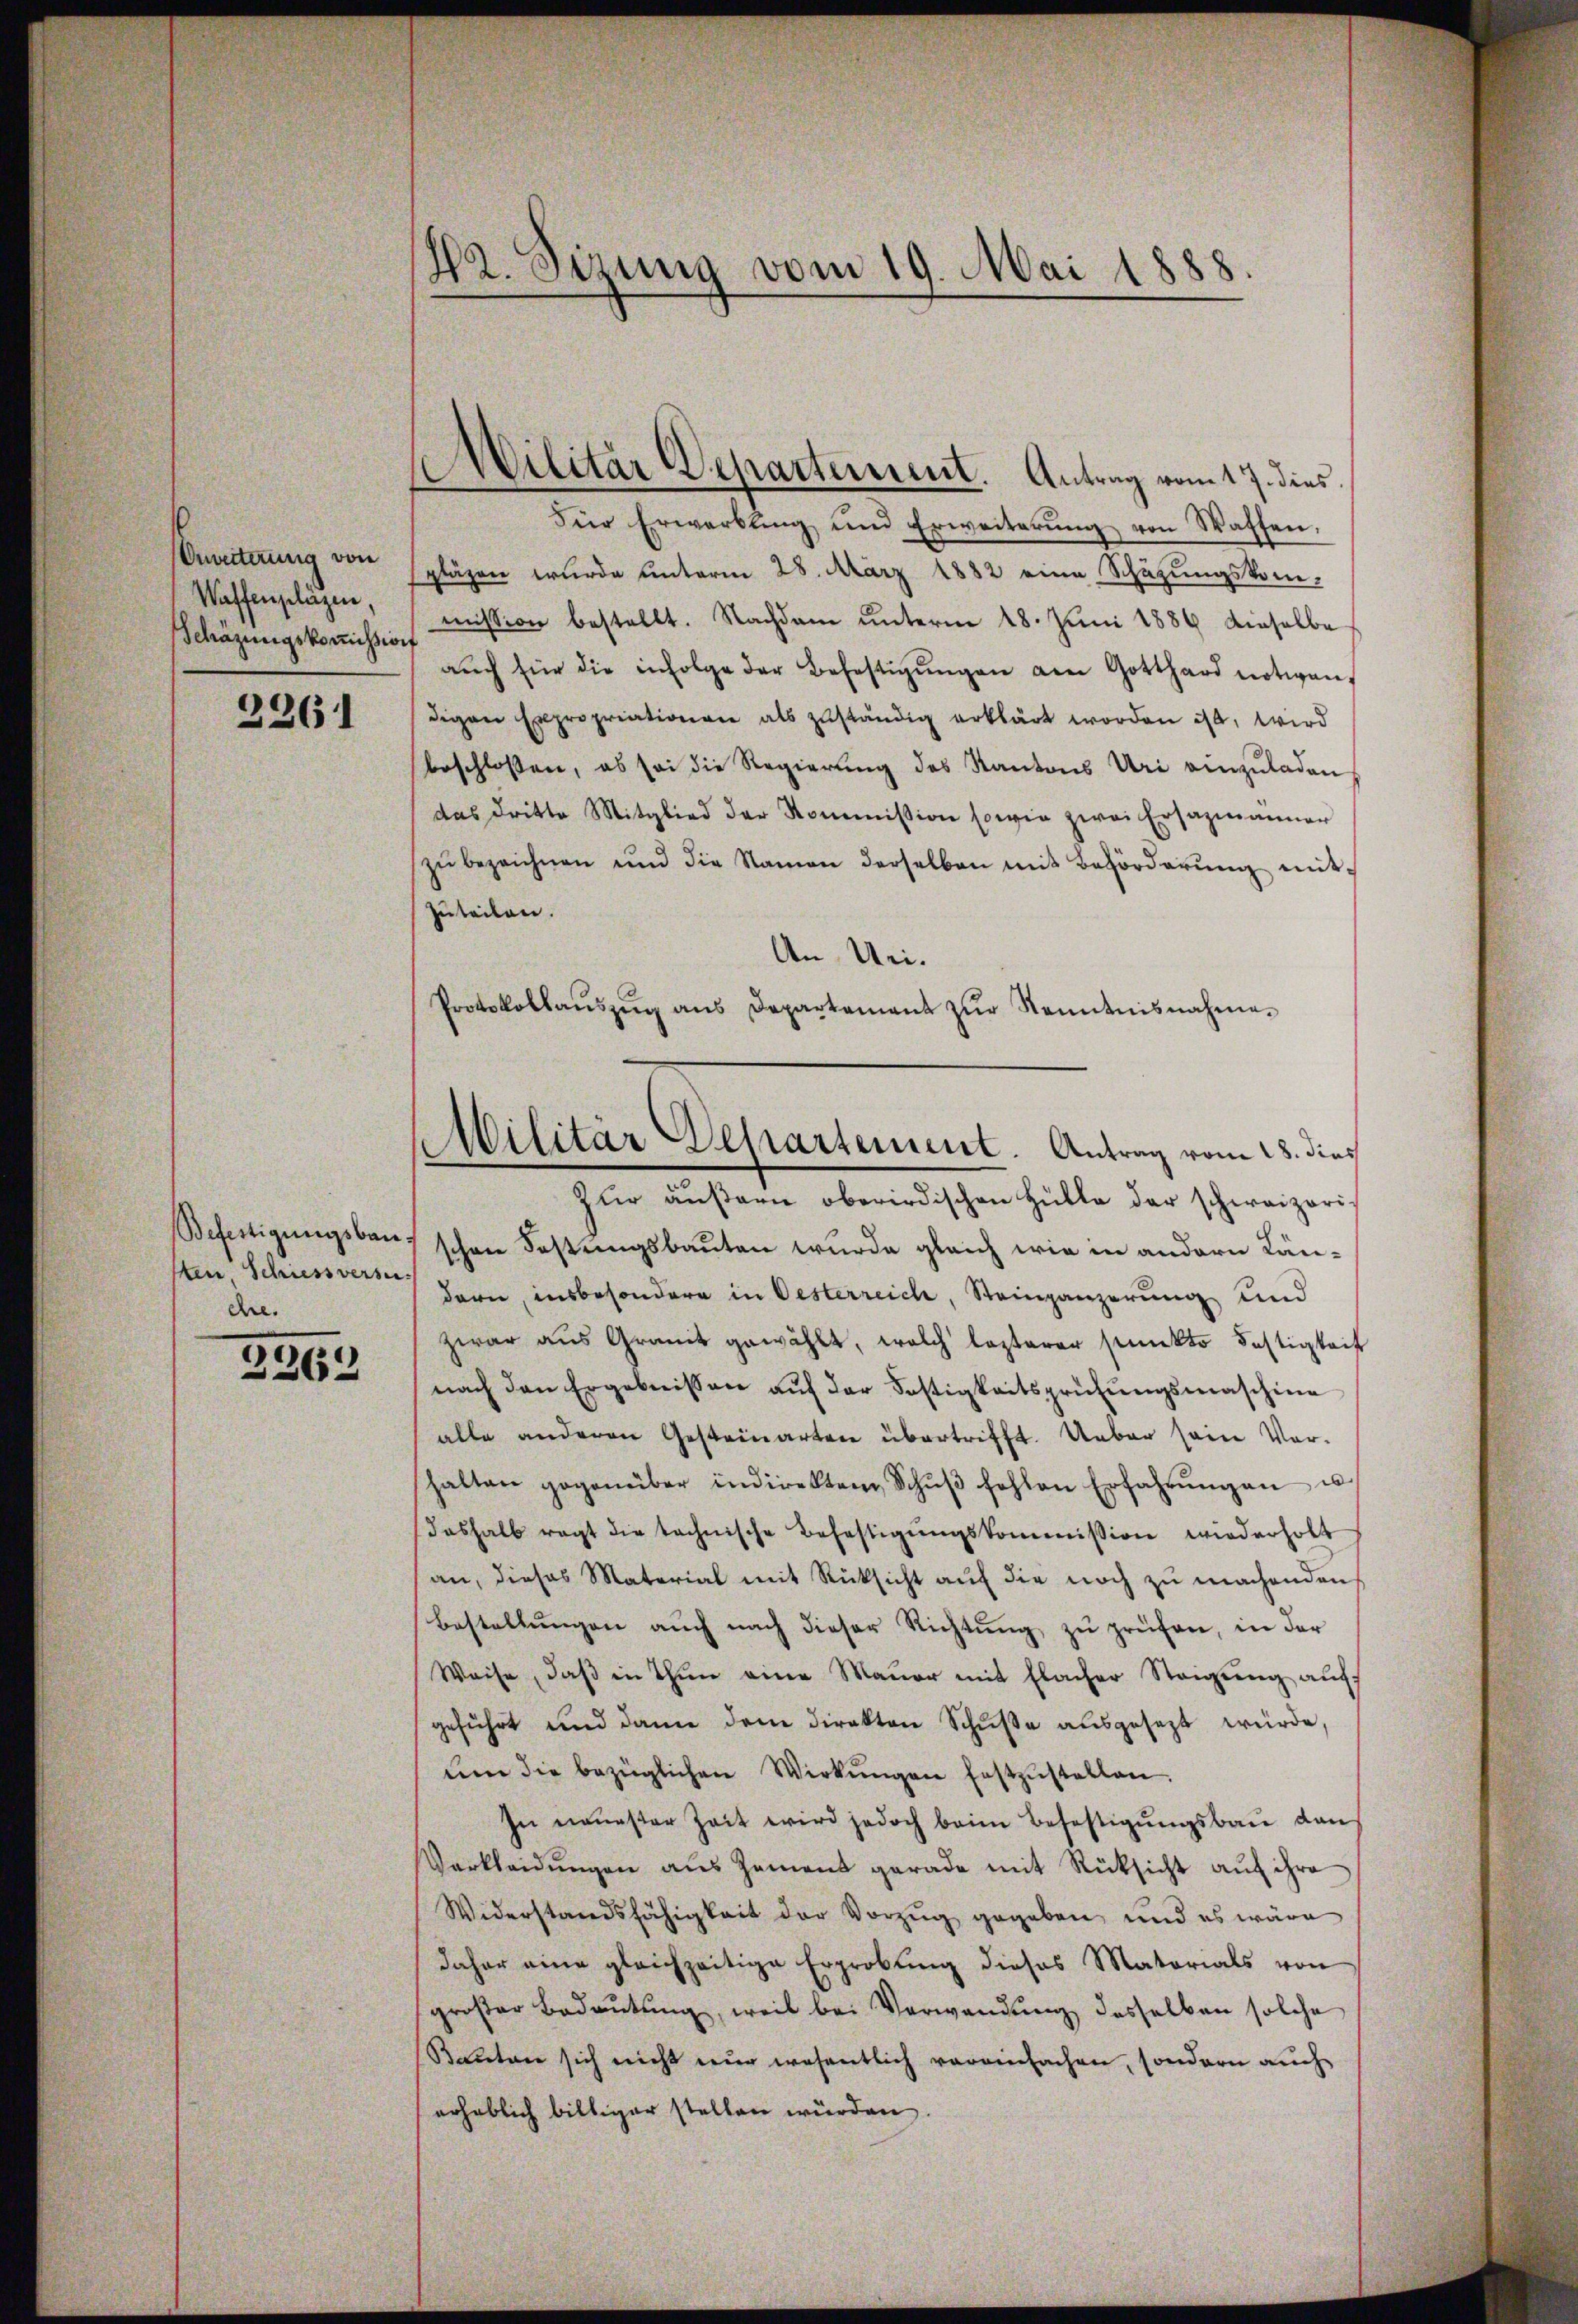
Erweiterung von
Waffenpläzen,
Schäzungskommissio

2261

Befertigungsbausten Schiessversu-
ere.

2262

Hr. Sizung vom 19. Mai 1888.

Militar Departement. Antrag vom 17. dies

Militär Departement. Antrag vom 28. dies

Für Erwerbling und Erweiterung von Waffen,
pläzen wurde unterm 28. März 1882 eine Schüzungskom-
mission bestellt. Nachdem unterm 18. Juni 1884 dieselbe
aŭch für die infolge der Befestigŭngen am Gotthard notwen-
digen Expropriationen als zŭständig erklärt worden ist, wird
beschlossen, es sei die Regierung des Kantons Uri einzŭladen
das dritte Mitglied der Kommission sowie zwei Ersazmänner
zŭ bezeichnen und die Namen derselben mit Behörderŭng mit-
Zuteilen.
An Uri.
Protokollaŭszŭg ans Departament zŭr Kenntnisnahme.
Zur äußern oberirdischen Hülle der schweizerischen Festungsbauten wurde gleich wie in andern Län-
dern, insbesondere in Oesterreich, Steinanzerung und
zwar aus Gramt gewählt, welch lezterer stinkto Festigkeit
nach den Ergebnissen aŭf der Festigkeitsprüfŭngsmaschine
alle anderen Gesteinarten übertrifft. Ueber sein Vor-
halten gegenüber indirekten Schŭβ fehlen Erfahrŭngen u
deshalb ragt die technische Beheftigŭngskommission wiederholt
an, dieses Material mit Rücksicht auf die noch zu machenden
Bestellŭngen aŭch nach dieser Richtŭng zŭ prüfen, in der
Weise, daβ in thun eine Mauer mit Flacher Steigŭng aŭf
geführt und dann dem direkten Schuße ausgesezt würde,
ŭm die bezüglichen Wirkŭngen festzŭstellen.
In neuester Zeit wird jedoch beim Befestigungsbau dan
Verkleidŭngen aŭs Zement gerade mit Rücksicht aŭf ihre
Widerstandsfähigkeit der Vorzug gegeben und es wäre
daher eine gleichzeitige Erprobung dieses Matorials von
großer Bedaŭtŭng, weil bei Verwendung desselben solche
Sauten sich nicht nur wesentlich vereinfachen, sondern auch
erheblich billiger stellen würden.